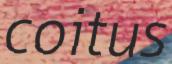
coitus